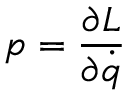
p = { \frac { \partial L } { \partial { \dot { q } } } }